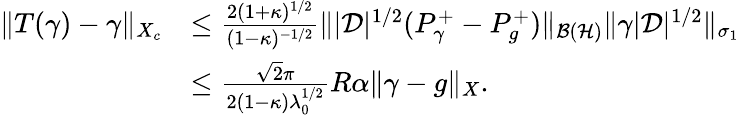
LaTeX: \begin{array}{rl}{\| T(\gamma)-\gamma\| _{X_{c}}}&{\leq\frac{2(1+\kappa)^{1/2}}{(1-\kappa)^{-1/2}}\| |\mathcal D|^{1/2}(P_{\gamma}^{+}-P_{g}^{+})\| _{\mathcal{B}(\mathcal{H})}\| \gamma|\mathcal D|^{1/2}\| _{\sigma_{1}}}\\ &{\leq\frac{\sqrt{2}\pi}{2(1-\kappa)\lambda_{0}^{1/2}}R\alpha\| \gamma-g\| _{X}.}\end{array}